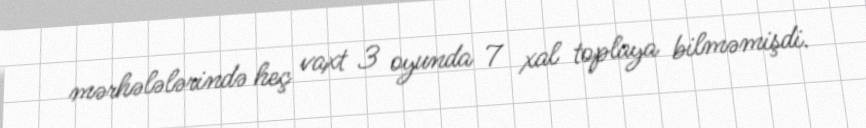
mərhələlərində heç vaxt 3 oyunda 7 xal toplaya bilməmişdi.